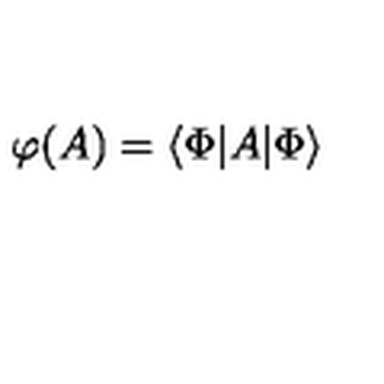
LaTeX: \mathcal { \varphi } ( A ) = \left\langle \Phi | A | \Phi \right\rangle